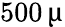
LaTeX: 500\, \upmu